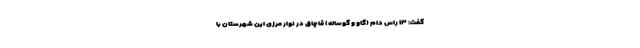
گفت: ۱۳ راس دام (گاو و گوساله) قاچاق در نوار مرزی این شهرستان با